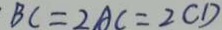
B C = 2 A C = 2 C D